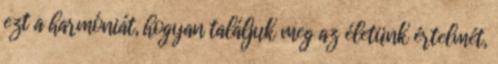
ezt a harmóniát, hogyan találjuk meg az életünk értelmét,